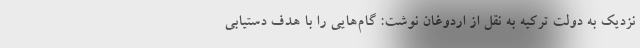
نزدیک به دولت ترکیه به نقل از اردوغان نوشت: گام‌هایی را با هدف دستیابی